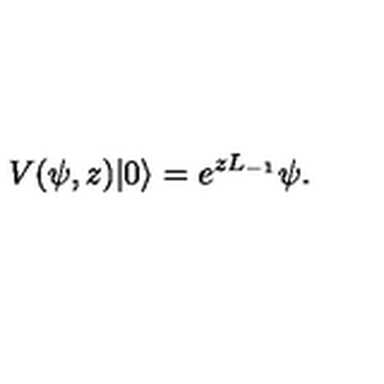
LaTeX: V ( \psi , z ) | 0 \rangle = e ^ { z L _ { - 1 } } \psi .